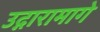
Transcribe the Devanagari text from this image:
उद्गारामागे